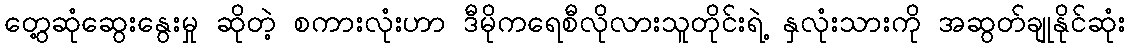
တွေ့ဆုံဆွေးနွေးမှု ဆိုတဲ့ စကားလုံးဟာ ဒီမိုကရေစီလိုလားသူတိုင်းရဲ့ နှလုံးသားကို အဆွတ်ချုနိုင်ဆုံး